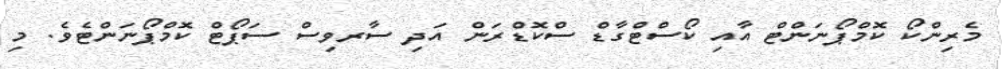
މެރިންކޯ ކޮމްޕޯނަންޓް އާއި ކޯސްޓްގާޑް ސްކޮޑްރަން އަދި ސާރވިސް ސަޕޯޓް ކޮމްޕޯނަންޓެވެ. މި